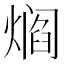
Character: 𰟘